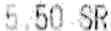
5.50 SR